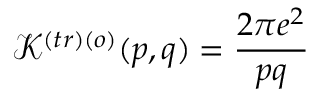
\mathcal { K } ^ { \left( t r \right) \left( o \right) } ( p , q ) = \frac { 2 \pi e ^ { 2 } } { p q }